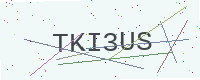
Text: TKI3US